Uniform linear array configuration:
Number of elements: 12
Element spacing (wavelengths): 0.75
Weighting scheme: exponential
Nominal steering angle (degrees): -30
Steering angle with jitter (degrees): -28.918
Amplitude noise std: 0.05
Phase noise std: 0.05

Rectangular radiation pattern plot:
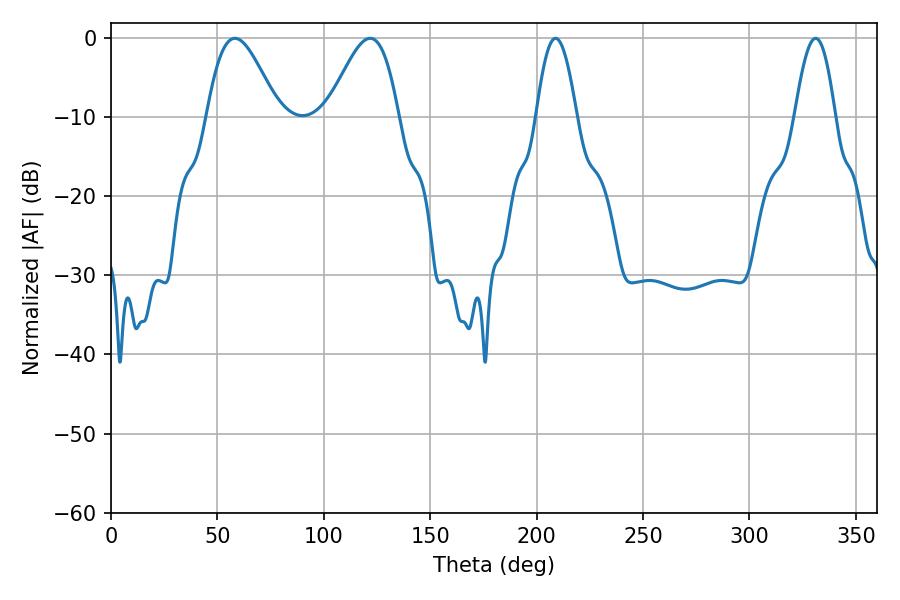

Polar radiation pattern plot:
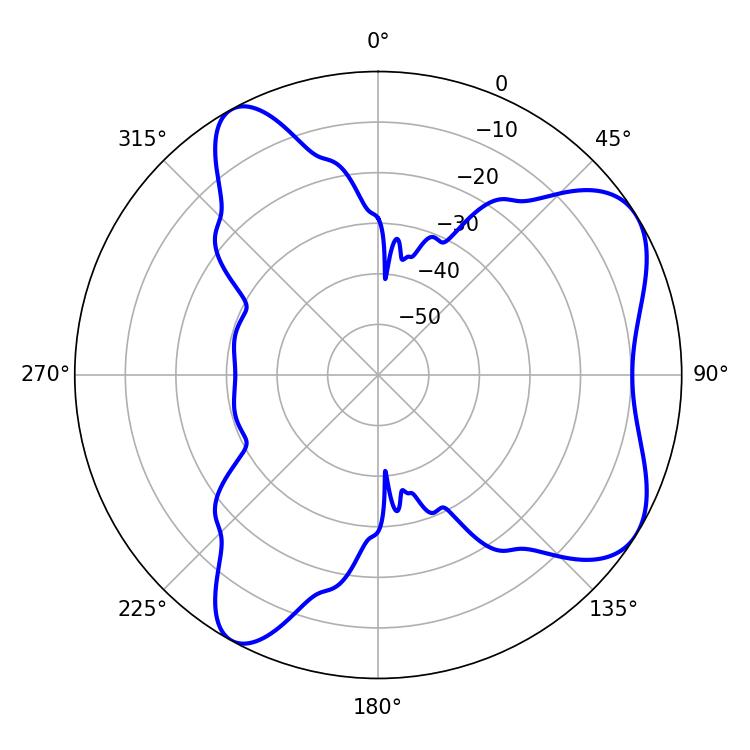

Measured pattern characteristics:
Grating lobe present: TRUE
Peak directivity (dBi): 6.631
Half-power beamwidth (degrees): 17.82
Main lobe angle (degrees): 58.14